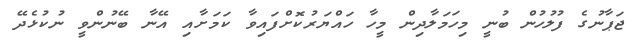
ޖަޕާނުގެ ފުލުހުން ބުނީ މިހަމަލާދިން މީހާ ހައްޔަރުކޮށްފައިވާ ކަމަށާއި އޭނާ ބޭނުންވީ ނުކުޅެދޭ